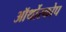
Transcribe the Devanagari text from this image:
ऑर्थोस्कोप